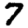
Digit: 7